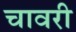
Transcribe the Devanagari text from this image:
चावरी